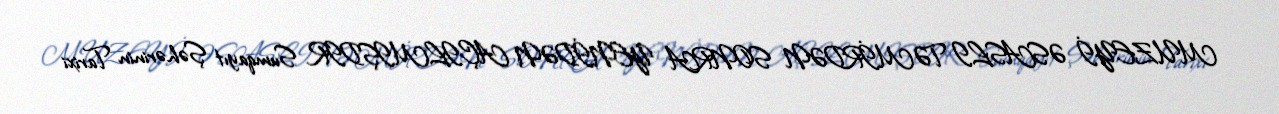
MUZEYİ ƏSASLI TƏMİRDƏN SONRA YENİDƏN AÇILMIŞDIR Sumqayıt Şəhərinin Tarixi